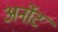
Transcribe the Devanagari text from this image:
अर्नोट